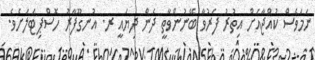
ނަމަވެސް ކުއްޖާއަށް އިތުރު ފަރުވާ ބޭނުންވާތީ ދެން ދިޔައީ ރ. އުނގޫފާރު ހޮސްޕިޓަލަށެވެ.